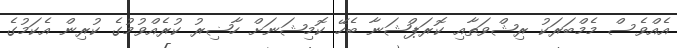
އެއްވެސް މެމްބަރަކު ރިޝްވަތާއި ކޮރަޕްޝަނާ ބެހޭ ކޮމިޝަނަށް ހާޟިރު ކުރެއްވުމުގެ ކުރިން އެކަމުގެ